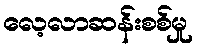
လေ့လာဆန်းစစ်မှု